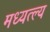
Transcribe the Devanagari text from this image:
मध्यत्ल्य